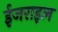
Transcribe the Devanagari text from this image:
ईजराइल